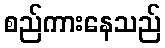
စည်ကားနေသည်